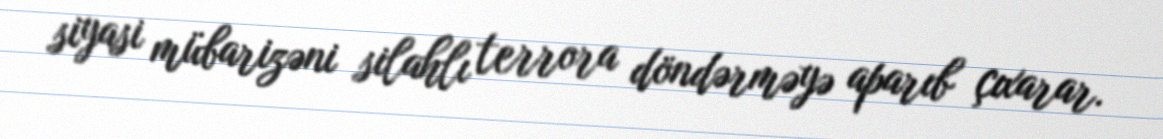
siyasi mübarizəni silahlı terrora döndərməyə aparıb çıxarar.